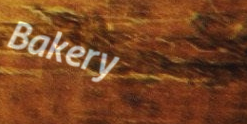
Bakery